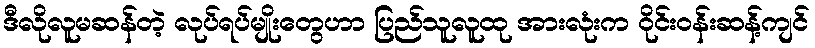
ဒီလိုလူမဆန်တဲ့ လုပ်ရပ်မျိုးတွေဟာ ပြည်သူလူထု အားလုံးက ဝိုင်းဝန်းဆန့်ကျင်